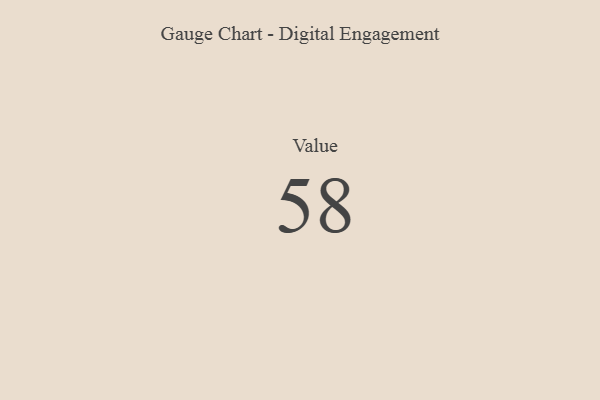
{"axis": {"x": "Metric", "y": "Value"}, "legend": [""], "data": [{"x": "Value", "y": 58, "type": ""}]}